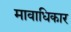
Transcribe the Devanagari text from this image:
मावाधिकार